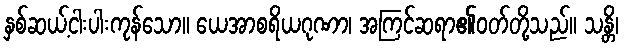
နှစ်ဆယ့်ငါးပါးကုန်သော။ ယေအာစရိယဂုဏာ၊ အကြင်ဆရာ၏ဝတ်တို့သည်။ သန္တိ၊